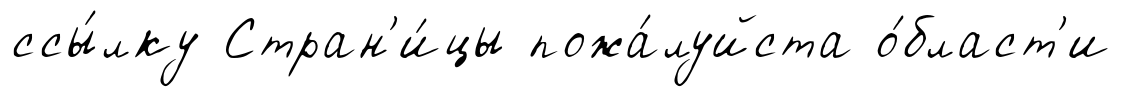
ссы́лку Стран'и́цы пожа́луйста о́бласт'и